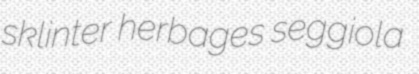
sklinter herbages seggiola